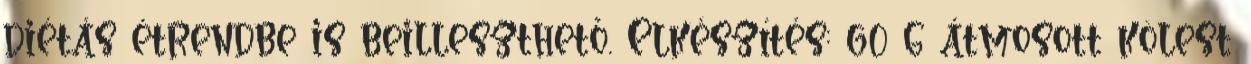
diétás étrendbe is beilleszthető. Elkészítés: 60 g átmosott kölest